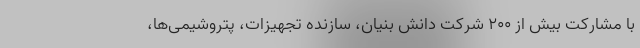
با مشارکت بیش از 200 شرکت دانش بنیان، سازنده تجهیزات، پتروشیمی‌ها،